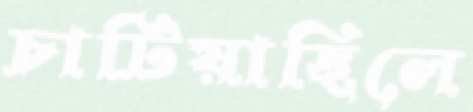
চাটিয়াছিলে